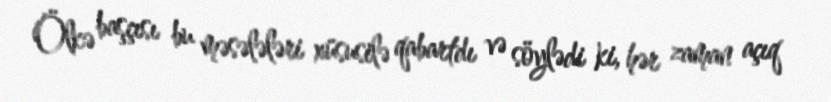
Ölkə başçısı bu məsələləri xüsusilə qabartdı və söylədi ki, hər zaman açıq